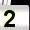
Digit: 2